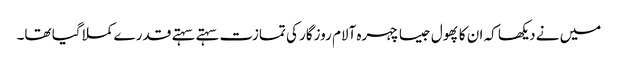
میں نے دیکھا کہ ان کا پھول جیسا چہرہ آلام روزگار کی تمازت سہتے سہتے قدر ے کملا گیا تھا۔